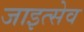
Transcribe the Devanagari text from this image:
जाइत्सेव